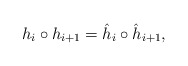
\begin{align*} h_i\circ h_{i+1}=\hat h_i\circ \hat h_{i+1},\end{align*}